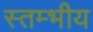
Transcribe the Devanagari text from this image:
स्तम्भीय